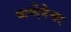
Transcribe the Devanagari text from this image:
बाम्देवेश्वर